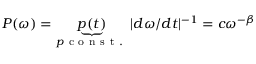
\ensuremath { P ( \omega ) = \underbrace { p ( t ) } _ { p \mathrm { ~ c ~ o ~ n ~ s ~ t ~ . ~ } } | d \omega / d t | ^ { - 1 } = c \omega ^ { - \beta } }